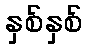
နှစ်နှစ်